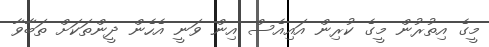
މީގެ އިތުރުން މީގެ ކުރިން އައިއެސް އިން ވަނީ އެހެން ދީންތަކަށް ތަބާވާ